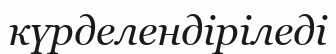
күрделендіріледі